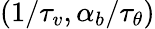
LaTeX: (1/\tau_{v},\alpha_{b}/\tau_{\theta})